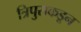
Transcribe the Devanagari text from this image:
त्रिपुराकडून